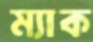
ম্যাক